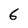
Character: 6